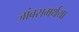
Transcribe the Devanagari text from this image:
जांबसमर्थया